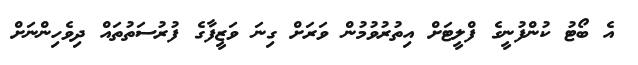
އެ ބޯޓު ކުންފުނީގެ ފްލީޓަށް އިތުރުވުމުން ވަރަށް ގިނަ ވަޒީފާގެ ފުރުސަތުތައް ދިވެހިންނަށް